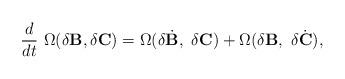
LaTeX: \begin{align*}{d\over dt}~ \Omega(\delta {\bf B}, \delta {\bf C})= \Omega (\delta {\dot{{\bf B}}},~\delta {\bf C})+\Omega (\delta {\bf B},~\delta {\dot{{\bf C}}}),\end{align*}